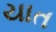
યાત